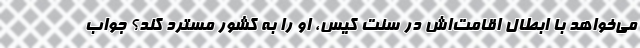
می‌خواهد با ابطال اقامت‌اش در سنت کیس، او را به کشور مسترد کند؟ جواب